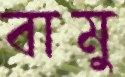
বামু